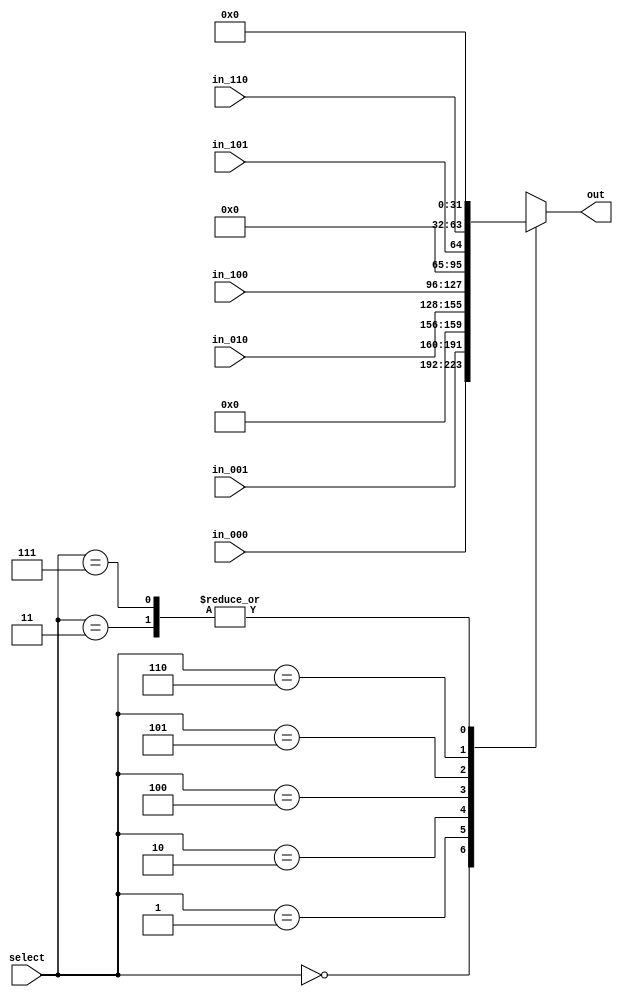
module mux_pc_source( 
    input wire [31:0] in_000,  // alu_result
    input wire [31:0] in_001,  // alu_out
    input wire [27:0] in_010,  // jump
    input wire [31:0] in_100,  // epc
    input wire        in_101,  // zero
    input wire [31:0] in_110,  // load_size
    input wire [2:0]  select,  // pc_source
    output reg [31:0] out
);

    always @(*) begin
        case(select)
            3'b000: out = in_000;
            3'b001: out = in_001;
            3'b010: out = {{4'd0},in_010};
            3'b011: out = 32'b0;
            3'b100: out = in_100;
            3'b101: out = {{31'd0},in_101};
            3'b110: out = in_110;
            3'b111: out = 32'b0; 
        endcase
    end
endmodule